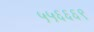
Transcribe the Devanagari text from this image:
५५६६६९